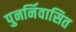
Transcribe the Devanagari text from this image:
पुनर्निवासित